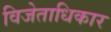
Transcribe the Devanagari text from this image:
विजेताधिकार